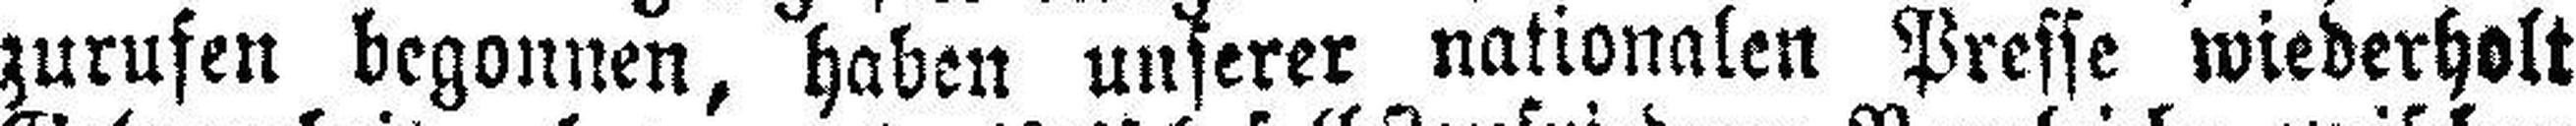
zurufen begonnen, haben unserer nationalen Presse wiederholt